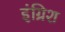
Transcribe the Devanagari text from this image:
इंग्रिश